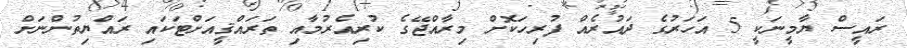
ރައީސް ޔާމީނަކީ 5 އަހަރުގެ ދައުރެއް ފުރިހަކޮށް މިރާއްޖޭގެ ކުރިއެރުމާއި ތަރައްޤީއަށްޓަކައި ރައްޔިތުންނަށް